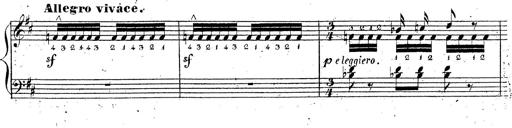
Title: Grande fantaisie sur la tyrolienne de l'opÃ©ra
Composer: Franz Liszt
Key: A major